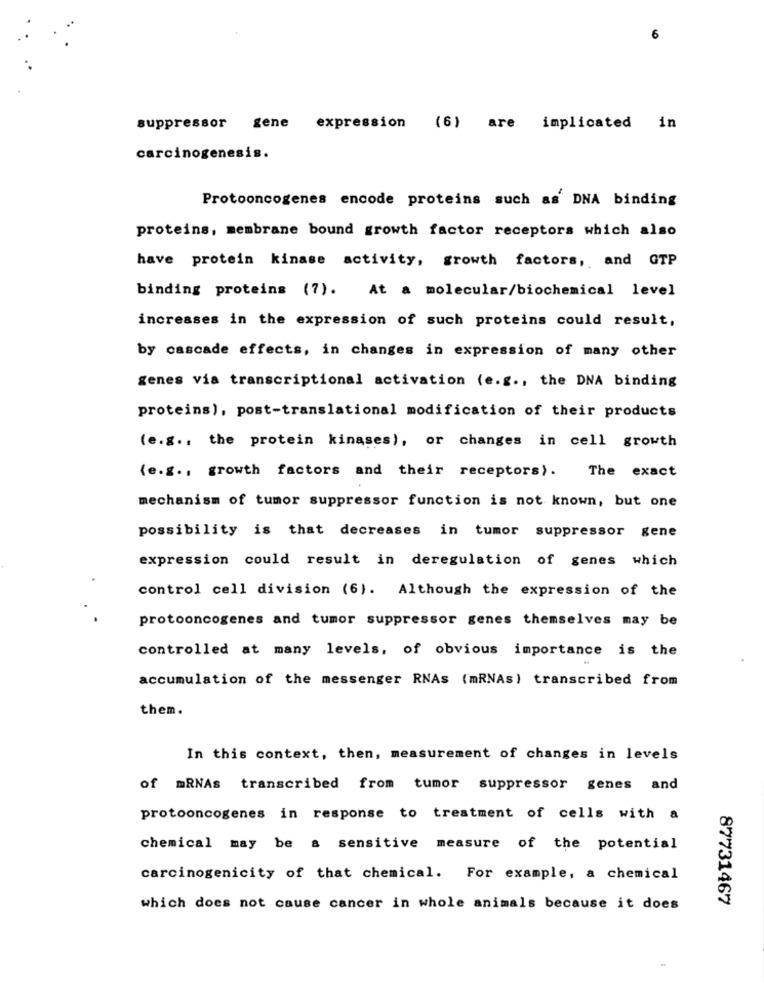
suppressor gene expression (6) are implicated in
carcinogenesis.
Protooncogenes encode proteins such as DNA binding
proteins, membrane bound growth factor receptors which also
have protein kinase activity, growth factors, and GTP
binding proteins (7). At a molecular/biochemical level
increases in the expression of such proteins could result,
by cascade effects, in changes in expression of many other
genes via transcriptional activation (e.g ., the DNA binding
proteins), post-translational modification of their products
(e.g ., the protein kinases), or changes in cell growth
(e.g ., growth factors and their receptors).
The exact
mechanism of tumor suppressor function is not known, but one
possibility is that decreases in tumor suppressor gene
expression could result in deregulation of genes which
control cell division (6). Although the expression of the
protooncogenes and tumor suppressor genes themselves may be
controlled at many levels, of obvious importance is the
accumulation of the messenger RNAs (mRNAs) transcribed from
them.
In this context, then, measurement of changes in levels
of mRNAs transcribed from tumor suppressor genes and
protooncogenes in response to treatment of cells with a
chemical may be a sensitive measure of the potential
carcinogenicity of that chemical. For example, a chemical
87731467
which does not cause cancer in whole animals because it does